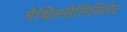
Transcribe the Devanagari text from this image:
मेथिलसेलिसिलेट